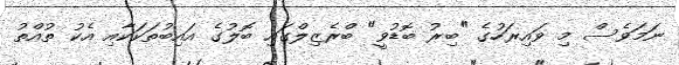
ނަމަވެސް މި ވައިރަހުގެ "ބިރު ބޮޑުވީ" ބްރެޒިލްގައި ބޮލުގެ އައިބުތަކަކާއި އެކު ތުއްތު